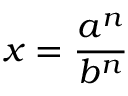
x = { \frac { a ^ { n } } { b ^ { n } } }